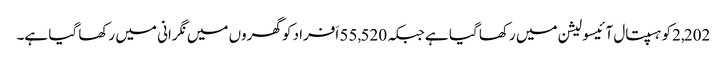
2,202کو ہسپتال آئیسولیشن میں رکھا گیا ہے جبکہ 55,520 اَفراد کو گھروں میں نگرانی میں رکھا گیا ہے۔